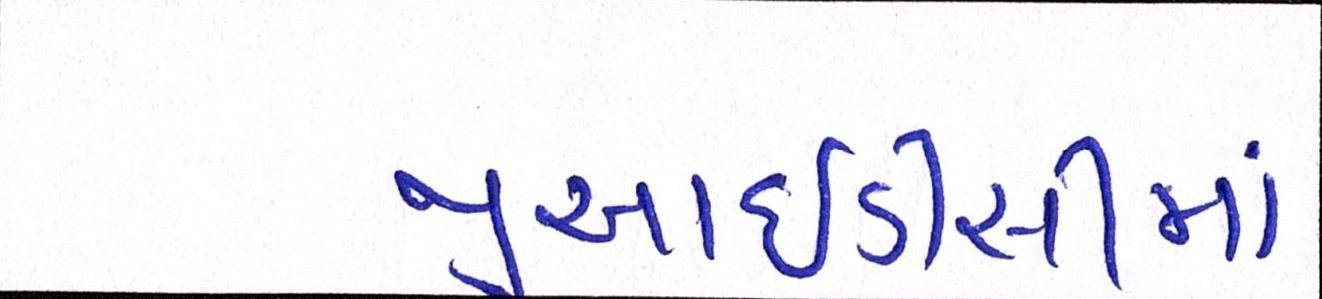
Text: જીઆઇડીસીમાં